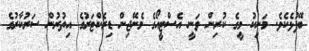
ބޭފުޅެކެވެ. މަނިކު މީގެ ކުރިން ވަނީ އެސްޓީއޯގެ މެނޭޖިން ޑިރެކްޓަރުގެ އިތުރުން ސަރުކާރުގެ